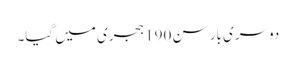
دوسری بار سن 190 ہجری میں گیا۔